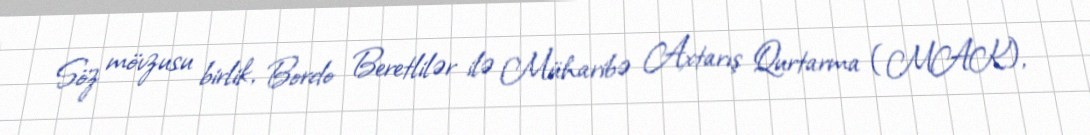
Söz mövzusu birlik, Bordo Beretlilər ilə Müharibə Axtarış Qurtarma (MAK),